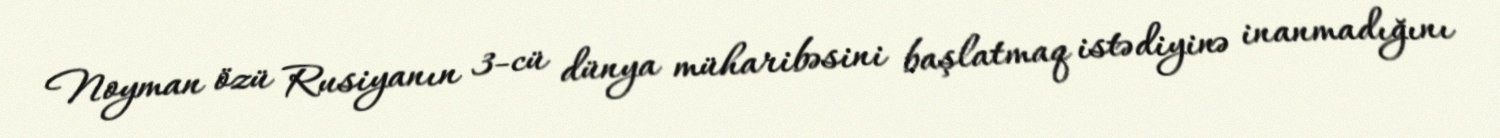
Noyman özü Rusiyanın 3-cü dünya müharibəsini başlatmaq istədiyinə inanmadığını